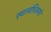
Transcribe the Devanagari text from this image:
स्वत्वधिकारों